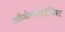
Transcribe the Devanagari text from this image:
ऑप्थैल्मोलॉजिस्ट